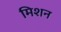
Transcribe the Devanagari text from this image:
मिशन